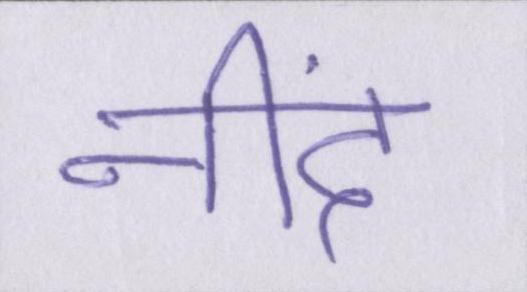
नींद